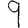
Digit: 9